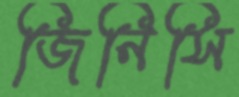
জিনিসি